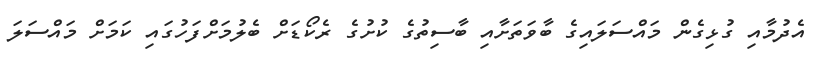
އެދުމާއި ގުޅިގެން މައްސަލައިގެ ބާވަތަށާއި ބާސިތުގެެ ކުށުގެ ރެކޯޑަށް ބެލުމަށްފަހުގައި ކަމަށް މައްސަލަ